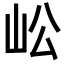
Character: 𡵴